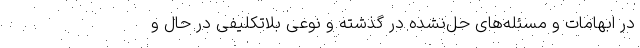
در ابهامات و مسئله‌های حل‌نشده در گذشته و نوعی بلاتکلیفی در حال و